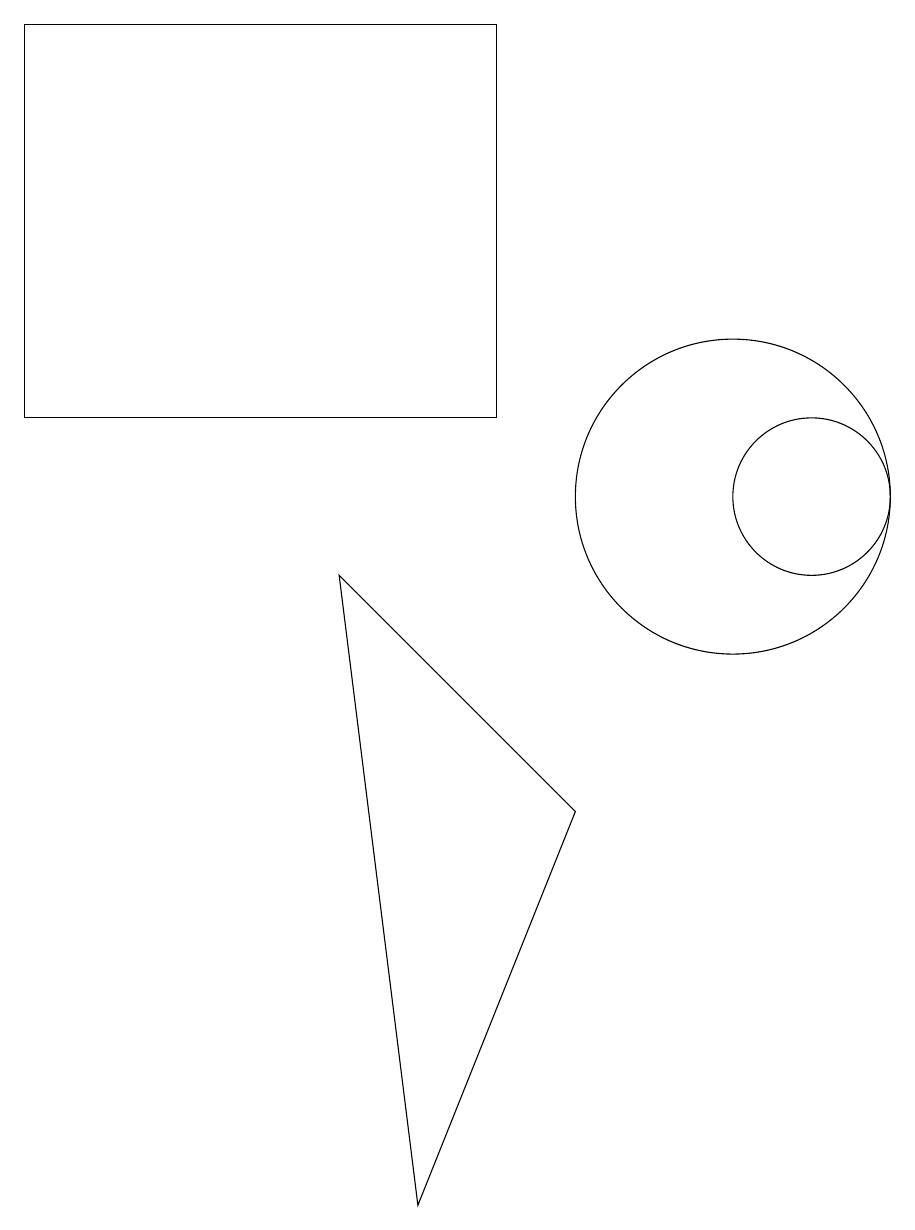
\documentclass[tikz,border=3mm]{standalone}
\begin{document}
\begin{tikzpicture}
\draw (8,6) -- (5,9) -- (6,1) -- cycle;
\draw (1,16) rectangle (7,11);
\draw (10,10) circle (2);
\draw (11,10) circle (1);
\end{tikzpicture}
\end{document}